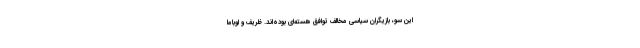
این سو، بازیگران سیاسی مخالف توافق هسته‌ای بوده‌اند. ظریف و اوباما